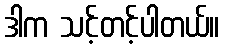
ဒါက သင့်တင့်ပါတယ်။